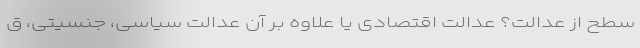
سطح از عدالت؟ عدالت اقتصادی یا علاوه بر آن عدالت سیاسی، جنسیتی، ق